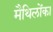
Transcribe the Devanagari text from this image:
मैथिलोंका